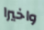
واخيرا